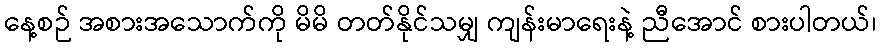
နေ့စဉ် အစားအသောက်ကို မိမိ တတ်နိုင်သမျှ ကျန်းမာရေးနဲ့ ညီအောင် စားပါတယ်၊